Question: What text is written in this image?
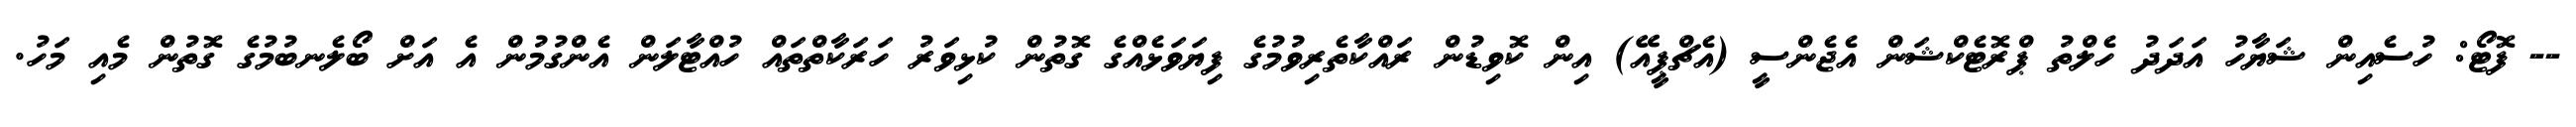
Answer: -- ފޮޓޯ: ހުސެއިން ޝަޔާހު އަދަދު ހެލްތު ޕްރޮޓެކްޝަން އެޖެންސީ (އެޗްޕީއޭ) އިން ކޮވިޑުން ރައްކާތެރިވުމުގެ ފިޔަވަޅެއްގެ ގޮތުން ކުޅިވަރު ހަރަކާތްތައް ހުއްޓާލަން އެންގުމުން އެ އަށް ބޯލެނބުމުގެ ގޮތުން މެއި މަހު.